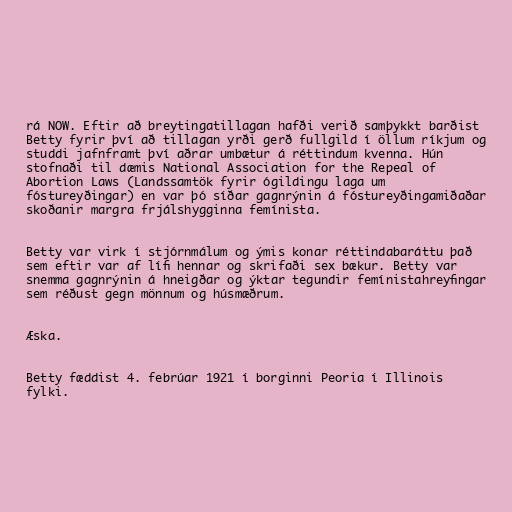
rá NOW. Eftir að breytingatillagan hafði verið samþykkt barðist
Betty fyrir því að tillagan yrði gerð fullgild í öllum ríkjum og
studdi jafnframt því aðrar umbætur á réttindum kvenna. Hún
stofnaði til dæmis National Association for the Repeal of
Abortion Laws (Landssamtök fyrir ógildingu laga um
fóstureyðingar) en var þó síðar gagnrýnin á fóstureyðingamiðaðar
skoðanir margra frjálshygginna femínista.

Betty var virk í stjórnmálum og ýmis konar réttindabaráttu það
sem eftir var af lífi hennar og skrifaði sex bækur. Betty var
snemma gagnrýnin á hneigðar og ýktar tegundir femínistahreyfingar
sem réðust gegn mönnum og húsmæðrum.

Æska.

Betty fæddist 4. febrúar 1921 í borginni Peoria í Illinois
fylki.